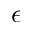
\epsilon